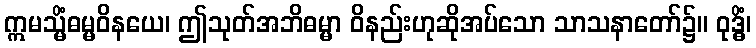
ဣမသ္မိံဓမ္မဝိနယေ၊ ဤသုတ်အဘိဓမ္မာ ဝိနည်းဟုဆိုအပ်သော သာသနာတော်၌။ ဝုဒ္ဓိံ၊